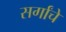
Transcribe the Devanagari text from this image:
सर्गांचे